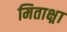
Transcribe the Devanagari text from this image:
मिताक्ष्रा